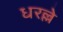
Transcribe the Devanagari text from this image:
धरल्ले